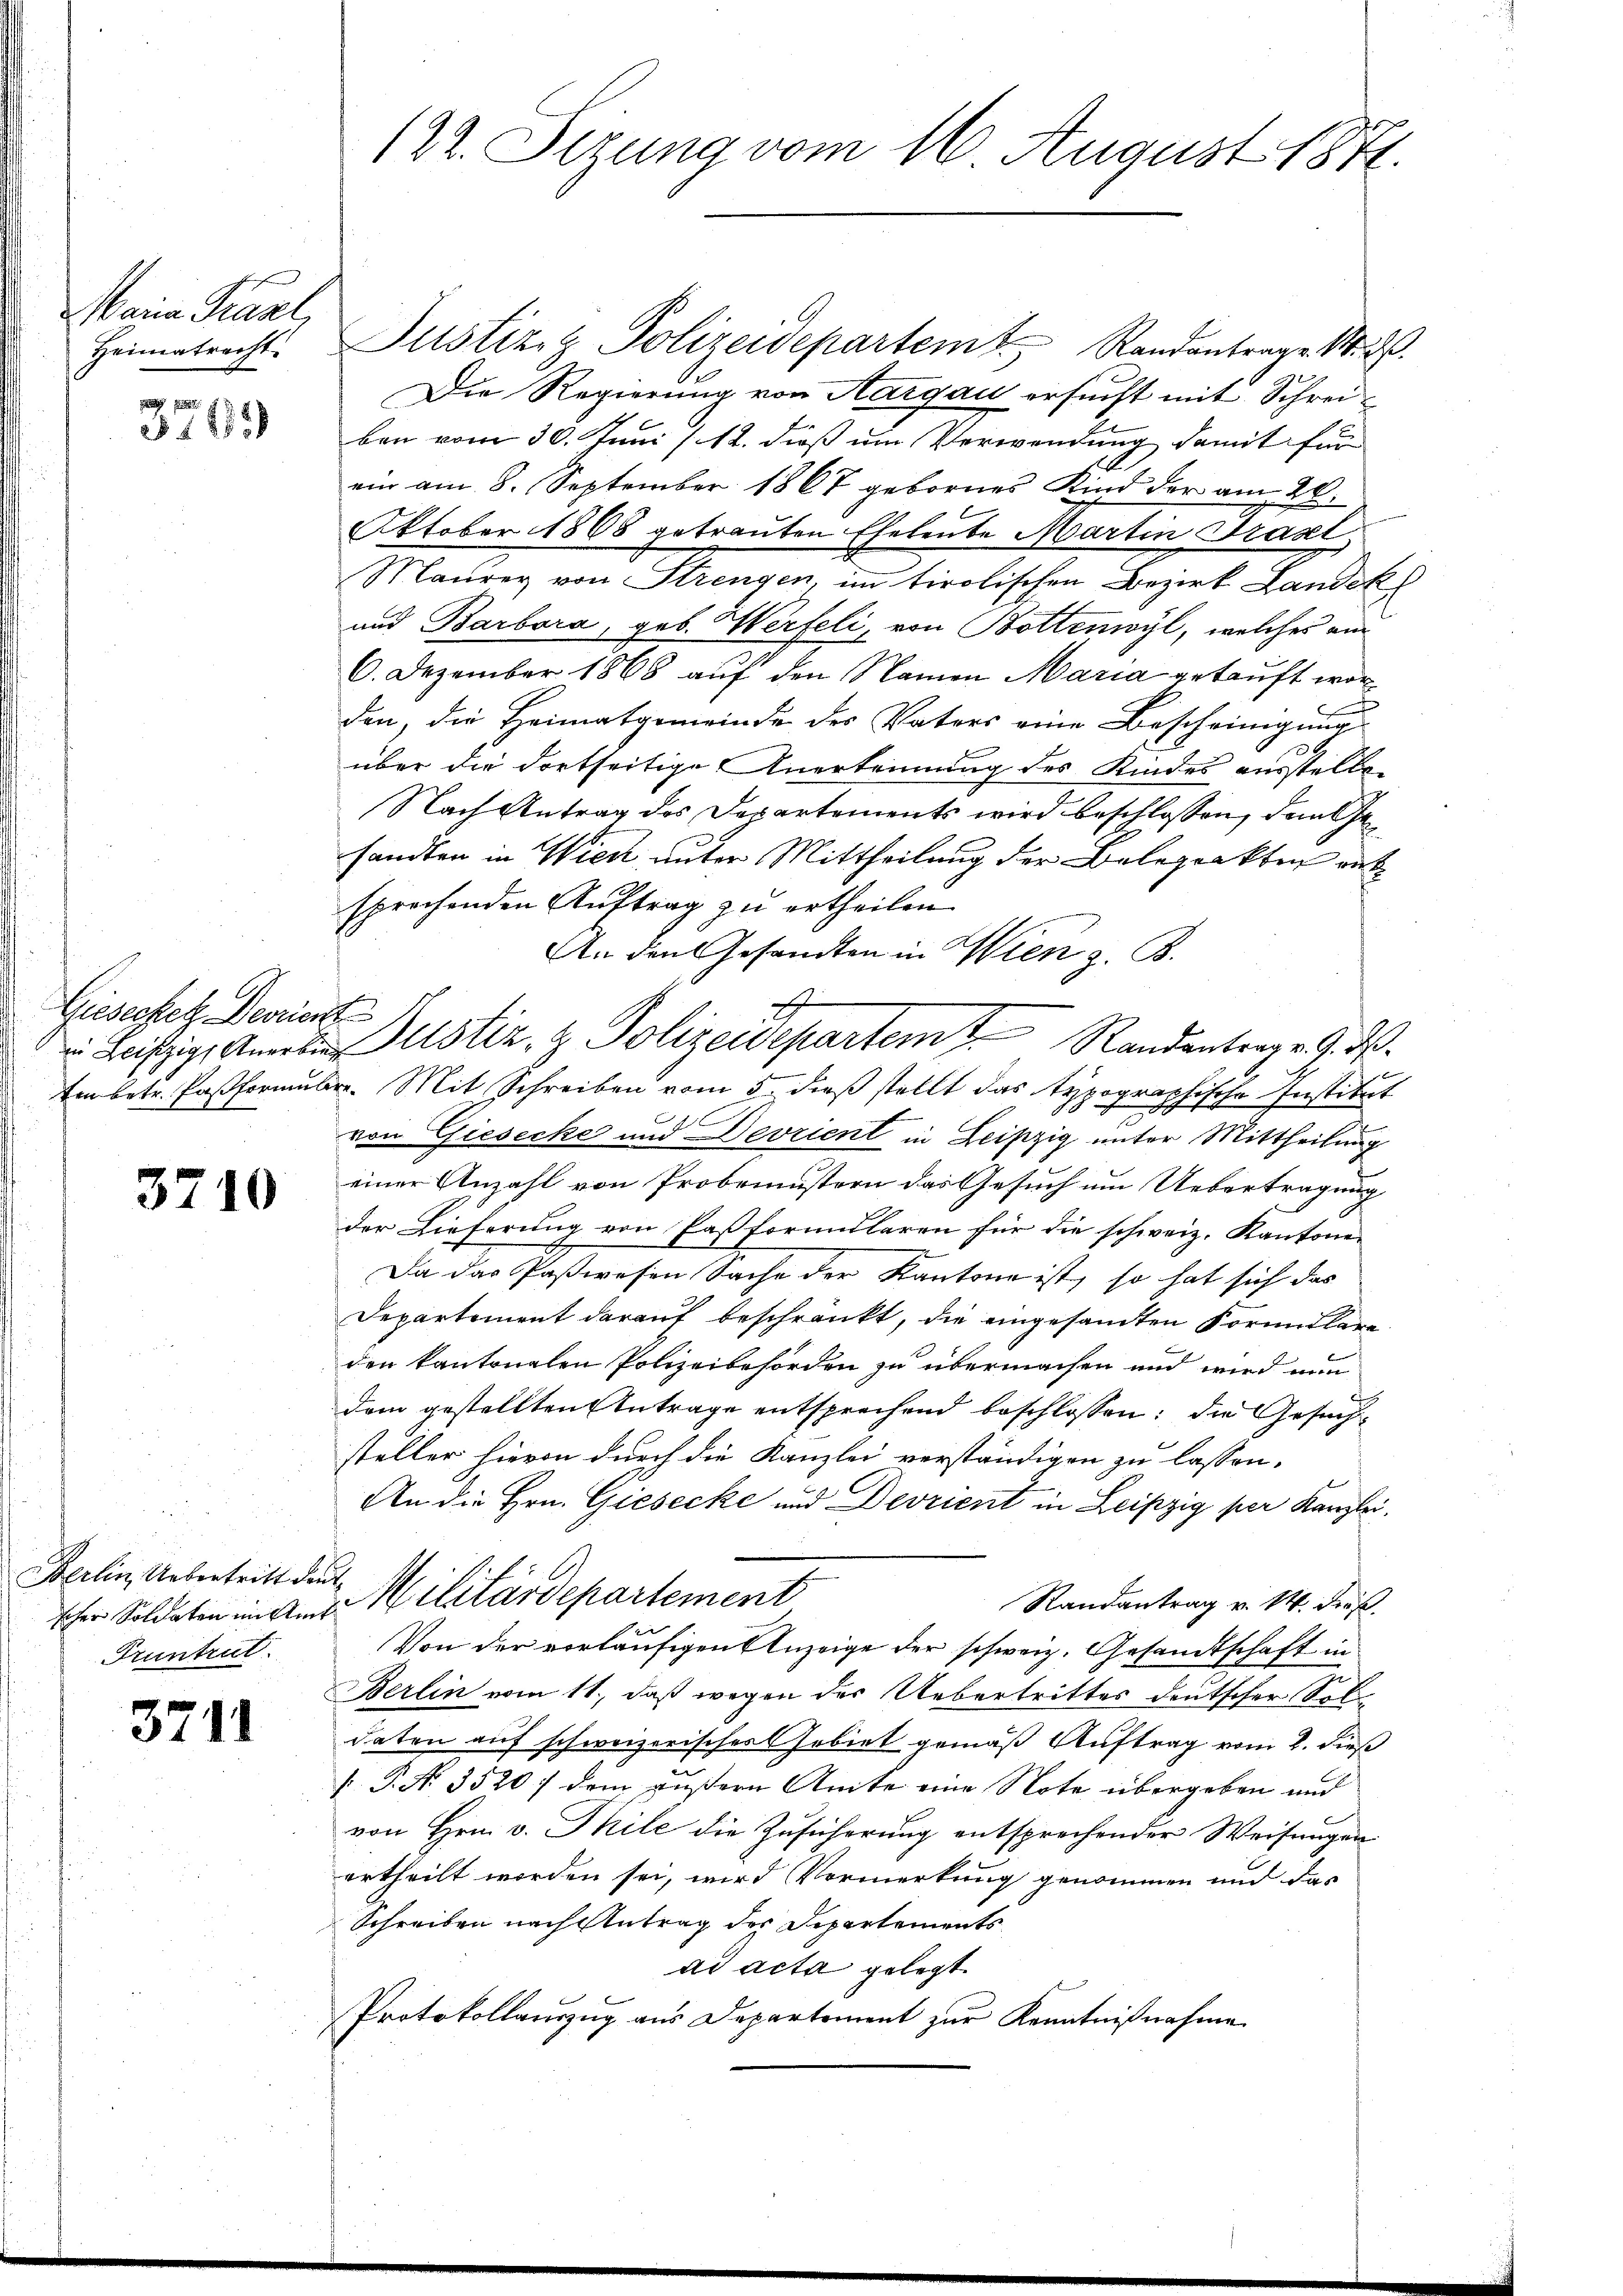
Maria Karl,

3 1889

Giesecket Deorient

3710

Berlin Uebertritt deut
Fruntrut.

3711

122. Sezung vom 16. August 1871.

Heimatrecht. Justiz & Polizeidepartem Randantrage M. D.
Die Regierung von Aargau ersucht mit Schreiben vom 30. Juni /12. dieß um Verwendung damit für
ein am 8. September 1867 gebornes Kind der am 20.
Oktober 1868 getrauten Eheleute Martin Trasl
Maurer von Strengen, im Tirolischen Bezirk Landekl
und Barbara, geb. Werfeli, von Bottenwyl, welches ein
6. Dezember 1868 auf den Namen Maria gekauft worden, die Heimatgemeinde des Vaters eine Bescheinigung
über die dortseitige Anerkennung des Kindes ausstelle
Nach Antrag des Departements wird beschlossen, dem Gesandten in Wien, unter Mittheilung der Belegrakten ent
sprochenden Auftrag zu ertheilen.
An den Gesandten in Wien z. B.
E
u Leipzig, Anerker Justiz- & Polizeidepartem Randentrag. 9. d.
ten betr. Pastformulier. Mit Schreiben vom 5. dieß stellt das typographische Institut
von Giesecke und Devrient in Leipzig unter Mittheilung
einer Anzahl von Probemustern das Gesuch um Uebertragung
der Lieferung von Pastformularen für die schweiz. Kantone
Da das Paßwesen Sache der Kantone ist, so hat sich das
Departement darauf beschränkt, die eingesamten Form klare
den kantonalen Polizeibehörden zu übermachen und wird nun
dem gestellten Antrage entsprechend beschlossen: die Gesuchsteller hievon durch die Kanzlei verständigen zu lassen.
An die Hrn. Giesecke und Devrient in Leipzig per Kanzlei.
Randantrag v. 14. dieß.
sher Soldaten in Aus Militärdepartement
Von der vorläufigen Anzeige der schweiz. Gesandtschaft in
Berlin vom 11., daß wegen der Uebertrittes deutscher Soldaten auf schweizerischer Gebiet gemäß Auftrag vom 2. dieß
 P. N. 3520) dem äußern Amte eine Note übergeben und
von Hrn. v. Thile die Zusicherung entsprechender Weisungen
ertheilt worden sei, wird Vormerkung genommen und das
Schreiben nach Antrag des Departements
ad acta gelegt.
Protokollauszug aus Departement zur Kenntnißnahme